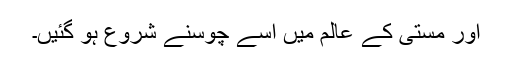
اور مستی کے عالم میں اسے چوسنے شروع ہو گئیں۔